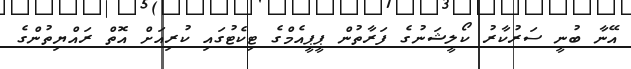
އޭނާ ބުނީ ސަރުކާރު ކޯލީޝަނުގެ ފަރާތުން ޕީޕީއެމްގެ ޓިކެޓުގައި ކުރިއަށް އޮތް ރައްޔިތުންގެ